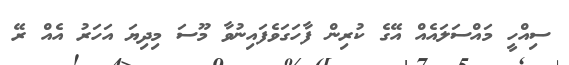
ސިއްހީ މައްސަލައެއް އޭގެ ކުރިން ފާހަގަވެފައިނުވާ މޫސަ މިދިޔަ އަހަރު އެއް ރޭ